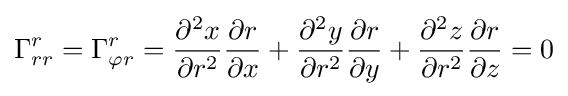
\Gamma _{rr}^{r}=\Gamma _{\varphi r}^{r}={\frac {\partial ^{2}x}{\partial r^{2}}}{\frac {\partial r}{\partial x}}+{\frac {\partial ^{2}y}{\partial r^{2}}}{\frac {\partial r}{\partial y}}+{\frac {\partial ^{2}z}{\partial r^{2}}}{\frac {\partial r}{\partial z}}=0